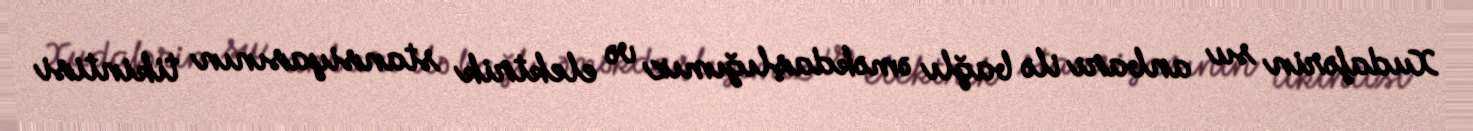
Xudafərin su anbarı ilə bağlı əməkdaşlığımız və elektrik stansiyasının tikintisi